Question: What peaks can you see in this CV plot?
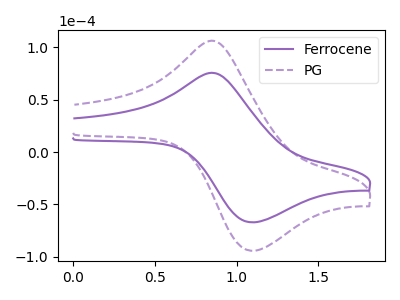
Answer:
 <answer>The purple curve "Ferrocene" has an anodic peak at (0.85V, 75.20uA) and a cathodic peak at (1.10V, -67.05uA). The purple dashed curve "PG" has an anodic peak at (0.85V, 105.70uA) and a cathodic peak at (1.10V, -94.20uA).</answer>
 <eval></eval>